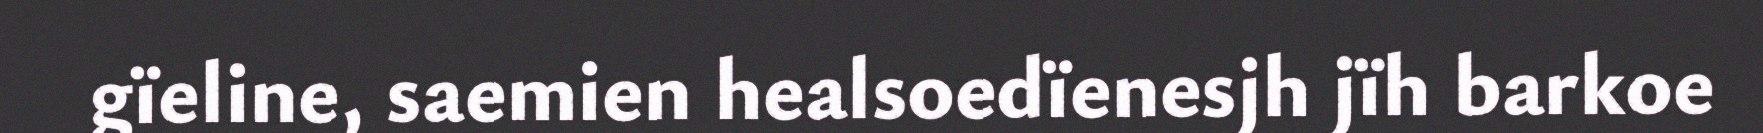
gïeline, saemien healsoedïenesjh jïh barkoe